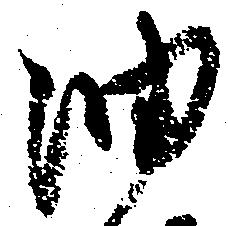
油